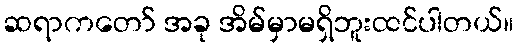
ဆရာကတော် အခု အိမ်မှာမရှိဘူးထင်ပါတယ်။